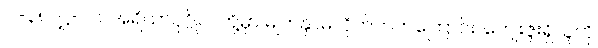
ပါ-၃၈၊ ဋ္ဌ-၂၁၊ အရိယာပုဂ္ဂိုလ်တို့မှာ မျက်နှာမလိုက်တတ်ကြောင်း၊ ကျေးဇူးရှိသူကို